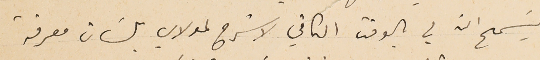
يسَمح ان لي بالوقت الكافي لاشرح لمولاي بلسَان معرفة